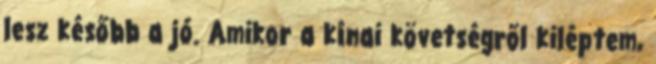
lesz később a jó. Amikor a kínai követségről kiléptem,